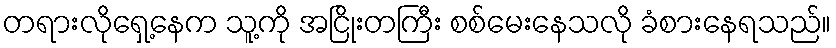
တရားလိုရှေ့နေက သူ့ကို အငြိုးတကြီး စစ်မေးနေသလို ခံစားနေရသည်။